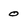
Character: 0